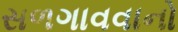
સળગાવવાનો